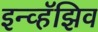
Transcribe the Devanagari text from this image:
इन्व्हॅझिव